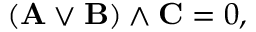
( \mathbf { A } \lor \mathbf { B } ) \land \mathbf { C } = 0 ,